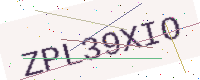
Text: ZPL39XIO